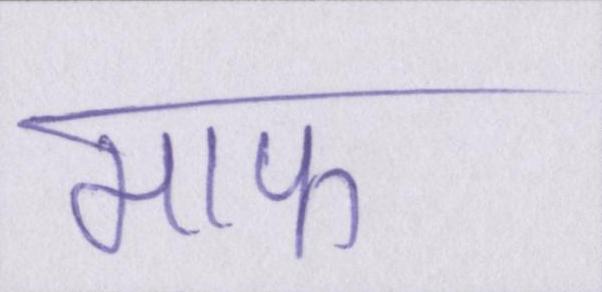
माफ